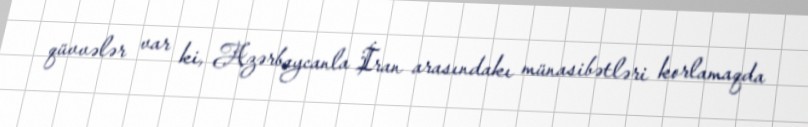
qüvvələr var ki, Azərbaycanla İran arasındakı münasibətləri korlamaqda